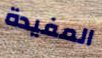
المفيدة